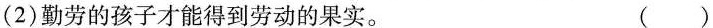
(2)勤劳的孩子才能得到劳动的果实。()